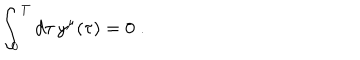
\int _ { 0 } ^ { T } d \tau \, y ^ { \mu } ( \tau ) = 0 \; .